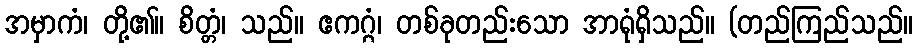
အမှာကံ၊ တို့၏။ စိတ္တံ၊ သည်။ ဧကဂ္ဂံ၊ တစ်ခုတည်းသော အာရုံရှိသည်။ (တည်ကြည်သည်။